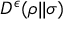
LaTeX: D ^ { \epsilon } ( \rho | | \sigma )